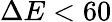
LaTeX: \Delta E<60